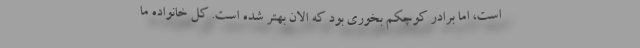
است، اما برادر کوچکم بخوری بود که الان بهتر شده است. کل خانواده ما